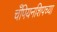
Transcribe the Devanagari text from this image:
चँपियनशिपच्या